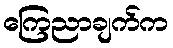
ကြေညာချက်က